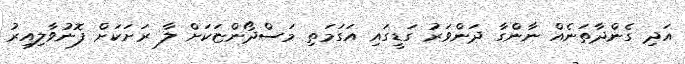
އަދި ގެންދާތަނެއް ނާންގާ ދަންވަރު ގަޑީގައި އަގަމަތި މަސްދޯންޏަކަށް ލާ ރަށަކަށް ފޮނުވާލިއިރު